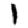
Digit: 1